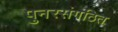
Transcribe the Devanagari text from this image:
पुनरसंगठित